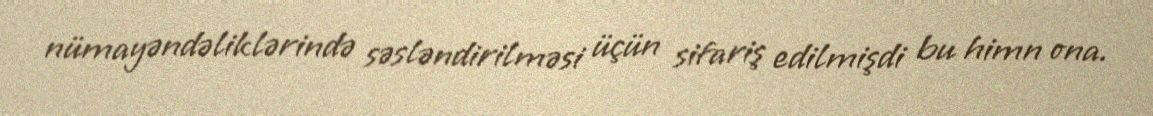
nümayəndəliklərində səsləndirilməsi üçün sifariş edilmişdi bu himn ona.